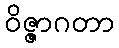
ဝိဇ္ဇာဂတာ